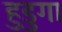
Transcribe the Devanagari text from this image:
हुडुगा